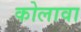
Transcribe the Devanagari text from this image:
कोलावा